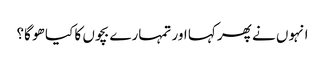
انہوں نے پھر کہا اور تمہارے بچوں کا کیا ھو گا؟